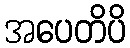
အပေတိပိ